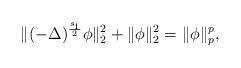
LaTeX: \begin{align*}\|(-\Delta)^{\frac{s_1}{2}}\phi\|_2^2+\|\phi\|_2^2=\|\phi\|_p^p,\end{align*}